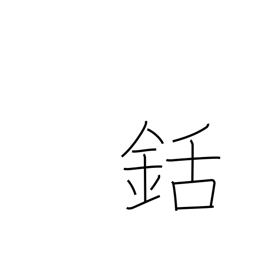
Meaning: harpoon